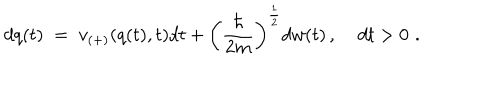
d q ( t ) \; = \; v _ { ( + ) } ( q ( t ) , t ) d t + \left( \frac { \hbar } { 2 m } \right) ^ { \frac { 1 } { 2 } } d w ( t ) \, , \; d t > 0 \, \, .